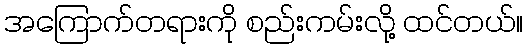
အကြောက်တရားကို စည်းကမ်းလို့ ထင်တယ်။